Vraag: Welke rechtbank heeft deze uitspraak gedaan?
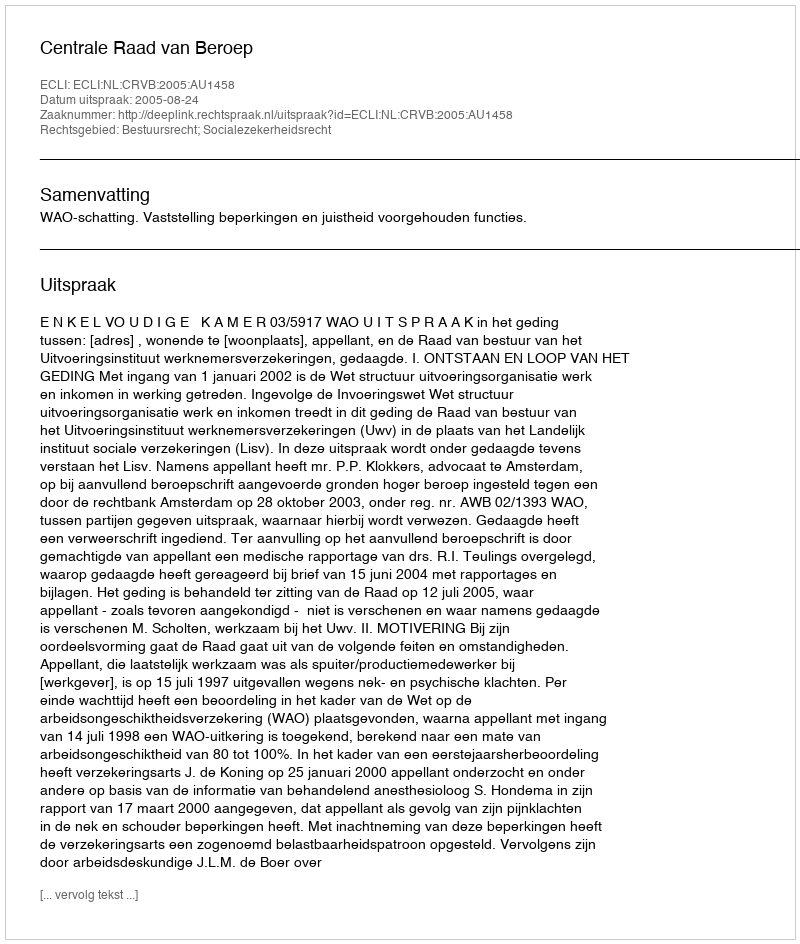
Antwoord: Centrale Raad van Beroep